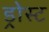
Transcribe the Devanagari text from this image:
ड्रोस्ट